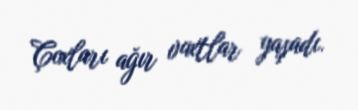
Çoxları ağır vaxtlar yaşadı.